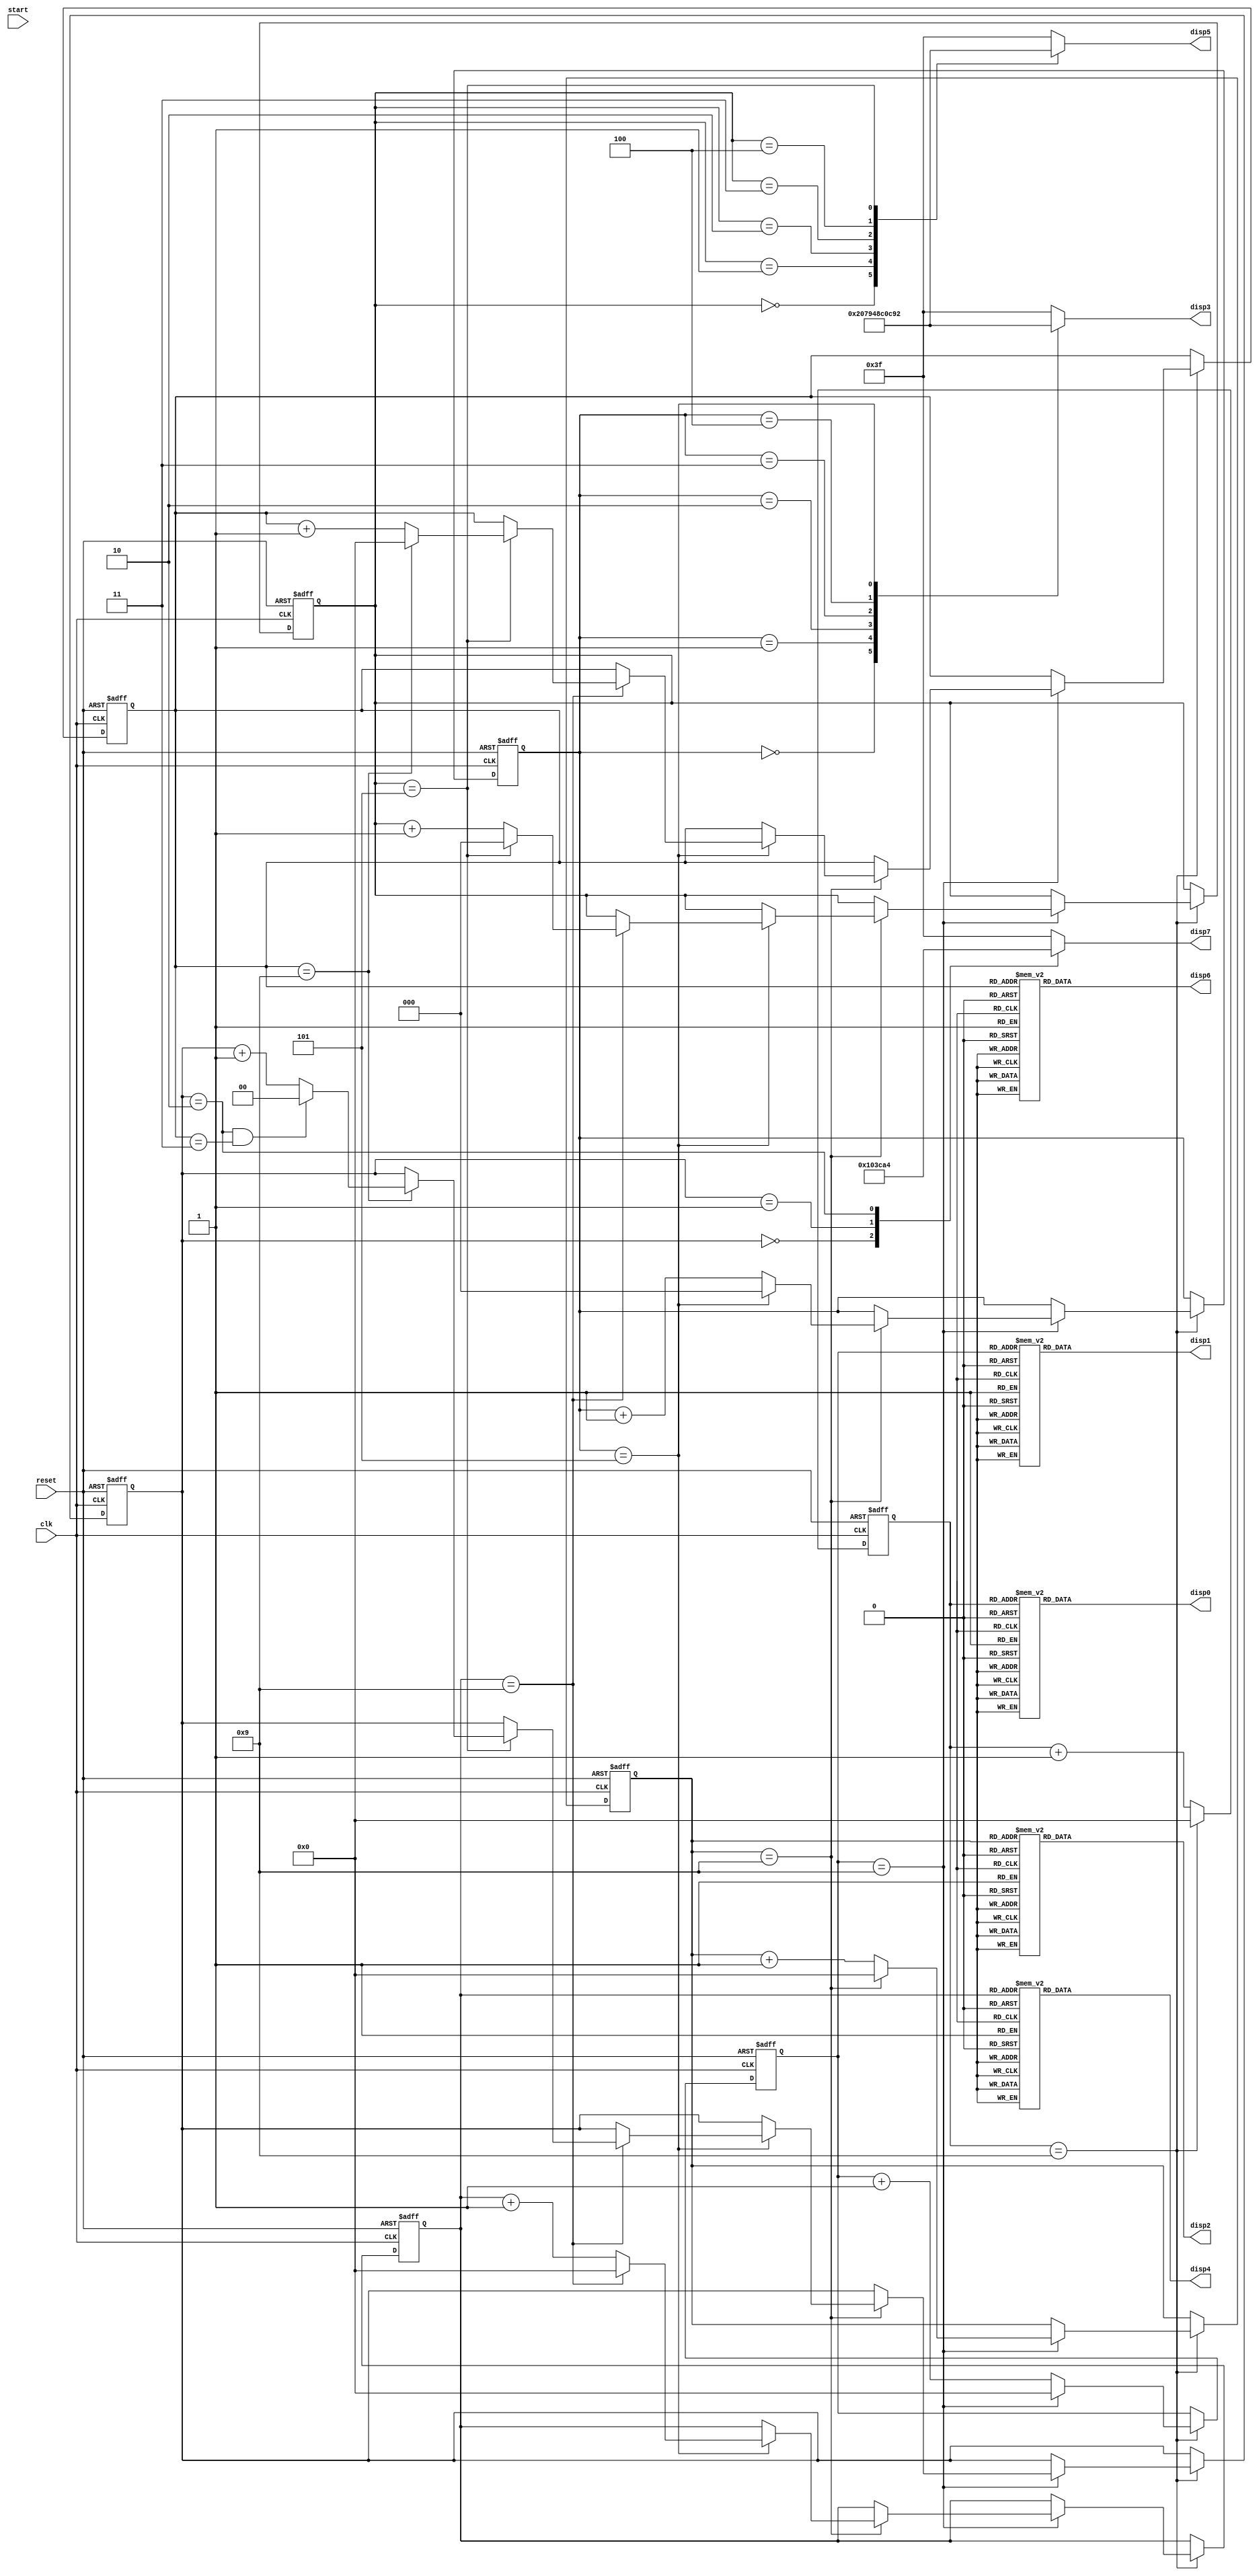
module verilog(input clk,reset,start,
					output reg [6:0] disp0,disp1,disp2,disp4,disp6,disp3,disp5,disp7);
					
reg [3:0] salise0,salise1,saniye0,dakika0,saat0;
reg [2:0] saniye1,dakika1;
reg [1:0] saat1;

always @(posedge clk or posedge reset)
begin
	if(reset) 
	begin
		salise0 <=0;
		salise1 <=0;
		saniye0 <=0;
		saniye1 <=0;
		dakika0 <=0;
		dakika1 <=0;
		saat0   <=0;
		saat1   <=0;
	end
	
	else if(clk)
	begin
		if(salise0 == 9) //xx xx xxx9
		begin
		salise0 <=0;
			if(salise1 == 9)//xx xx xx99
			begin
			salise1 <=0;
				if(saniye0 == 9)//xx xx x999
				begin
				saniye0 <=0;
					if(saniye1 == 5)//xx xx 5999
					begin
					saniye1 <=0;
						if(dakika0 == 9)//xx x9 5999
						begin
						dakika0 <=0;
							if(dakika1 == 5)//xx 59 5999
							begin
							dakika1 <=0;
								if(saat0 == 9)//x9 59 5999
								begin
								saat0 <=0;
									if(saat1 == 2 & saat0 == 3)//23 59 5999
									begin
										salise0 <=0;
										salise1 <=0;
										saniye0 <=0;
										saniye1 <=0;
										dakika0 <=0;
										dakika1 <=0;
										saat0   <=0;
										saat1   <=0;
									end
									else
									saat1 = saat1 + 1;
								end
								else
								saat0 = saat0 + 1;
							end
							else
							dakika1 = dakika1 + 1;
						end
						else
						dakika0 = dakika0 + 1;
					end
					else
					saniye1 = saniye1 + 1;
				end
				else
				saniye0 = saniye0 + 1;
			end
			else
			salise1 = salise1 + 1;
		end
		else
		salise0 = salise0 + 1;
	end
end


always @ (*) //send number
 begin
  case(salise0)
   4'd0 : disp0 = 7'b1000000;
   4'd1 : disp0 = 7'b1111001;
   4'd2 : disp0 = 7'b0100100;
   4'd3 : disp0 = 7'b0110000;
   4'd4 : disp0 = 7'b0011001;
   4'd5 : disp0 = 7'b0010010;
   4'd6 : disp0 = 7'b0000010;
   4'd7 : disp0 = 7'b1111000;
   4'd8 : disp0 = 7'b0000000;
   4'd9 : disp0 = 7'b0010000;
   default : disp0 <= 7'b0111111; //dash
  endcase
  
  case(salise1)
   4'd0 : disp1 = 7'b1000000;
   4'd1 : disp1 = 7'b1111001;
   4'd2 : disp1 = 7'b0100100;
   4'd3 : disp1 = 7'b0110000;
   4'd4 : disp1 = 7'b0011001;
   4'd5 : disp1 = 7'b0010010;
   4'd6 : disp1 = 7'b0000010;
   4'd7 : disp1 = 7'b1111000;
   4'd8 : disp1 = 7'b0000000;
   4'd9 : disp1 = 7'b0010000;
   default : disp1 = 7'b0111111; //dash
  endcase
  
  case(saniye0)
   4'd0 : disp2 = 7'b1000000;
   4'd1 : disp2 = 7'b1111001;
   4'd2 : disp2 = 7'b0100100;
   4'd3 : disp2 = 7'b0110000;
   4'd4 : disp2 = 7'b0011001;
   4'd5 : disp2 = 7'b0010010;
   4'd6 : disp2 = 7'b0000010;
   4'd7 : disp2 = 7'b1111000;
   4'd8 : disp2 = 7'b0000000;
   4'd9 : disp2 = 7'b0010000;
   default : disp2 = 7'b0111111; //dash
  endcase
  
  case(saniye1)
   3'd0 : disp3 = 7'b1000000;
   3'd1 : disp3 = 7'b1111001;
   3'd2 : disp3 = 7'b0100100;
   3'd3 : disp3 = 7'b0110000;
   3'd4 : disp3 = 7'b0011001;
   3'd5 : disp3 = 7'b0010010;
   default : disp3 = 7'b0111111; //dash
  endcase
  
  case(dakika0)
   4'd0 : disp4 = 7'b1000000;
   4'd1 : disp4 = 7'b1111001;
   4'd2 : disp4 = 7'b0100100;
   4'd3 : disp4 = 7'b0110000;
   4'd4 : disp4 = 7'b0011001;
   4'd5 : disp4 = 7'b0010010;
   4'd6 : disp4 = 7'b0000010;
   4'd7 : disp4 = 7'b1111000;
   4'd8 : disp4 = 7'b0000000;
   4'd9 : disp4 = 7'b0010000;
   default : disp4 = 7'b0111111; //dash
  endcase
  
  case(dakika1)
   3'd0 : disp5 = 7'b1000000;
   3'd1 : disp5 = 7'b1111001;
   3'd2 : disp5 = 7'b0100100;
   3'd3 : disp5 = 7'b0110000;
   3'd4 : disp5 = 7'b0011001;
   3'd5 : disp5 = 7'b0010010;
   default : disp5 = 7'b0111111; //dash
  endcase
  
  case(saat0)
   4'd0 : disp6 = 7'b1000000;
   4'd1 : disp6 = 7'b1111001;
   4'd2 : disp6 = 7'b0100100;
   4'd3 : disp6 = 7'b0110000;
   4'd4 : disp6 = 7'b0011001;
   4'd5 : disp6 = 7'b0010010;
   4'd6 : disp6 = 7'b0000010;
   4'd7 : disp6 = 7'b1111000;
   4'd8 : disp6 = 7'b0000000;
   4'd9 : disp6 = 7'b0010000;
   default : disp6 = 7'b0111111; //dash
  endcase
  
  case(saat1)
   2'd0 : disp7 = 7'b1000000;
   2'd1 : disp7 = 7'b1111001;
   2'd2 : disp7 = 7'b0100100;
   default : disp7 = 7'b0111111; //dash
  endcase
 end
endmodule